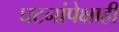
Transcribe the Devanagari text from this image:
घटनांपेक्षाही